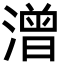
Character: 潧